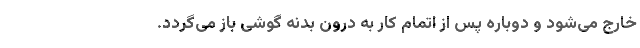
خارج می‌شود و دوباره پس از اتمام کار به درون بدنه گوشی باز می‌گردد.